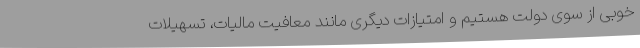
خوبی از سوی دولت هستیم و امتیازات دیگری مانند معافیت مالیات، تسهیلات